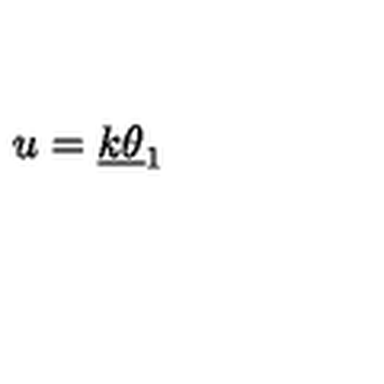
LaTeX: u = \underline { { k } } \underline { { \theta } } _ { 1 }